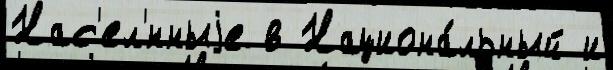
Нас'ел'́нныjе в Национа́льный и